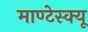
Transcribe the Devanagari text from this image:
माण्टेस्क्यू